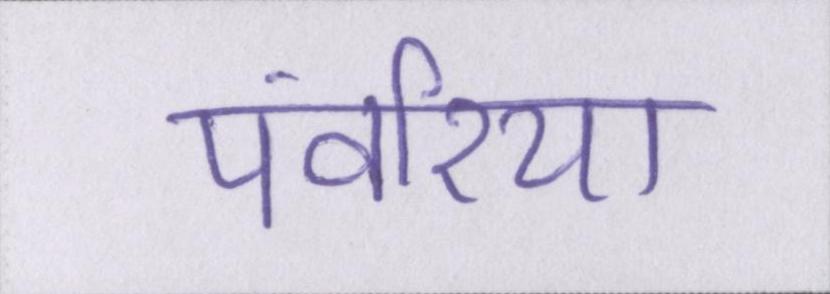
पंवरिया